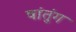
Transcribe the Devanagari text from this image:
षांतुंग